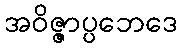
အဝိဇ္ဇာပ္ပဘေဒေ